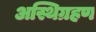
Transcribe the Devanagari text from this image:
अस्थिग्रहण